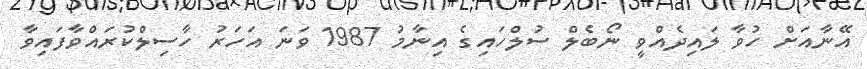
އޭނާއަށް ހުވާ ލައިދެއްވީ ނޯބެލް ސުލްހައިގެ އިނާމު 1987 ވަނަ އަހަރު ހާސިލްކުރައްވާފައިވާ